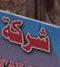
شركة